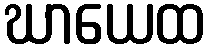
ဃာယေထ